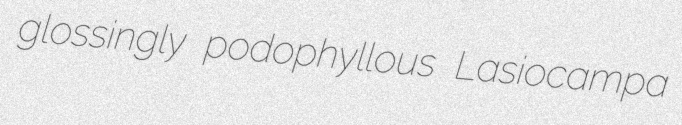
glossingly podophyllous Lasiocampa